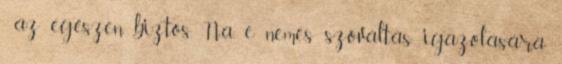
, az egészen biztos. Na, e nemes szóváltás igazolására